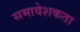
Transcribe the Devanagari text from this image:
समावेशकता